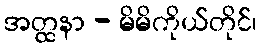
အတ္ထနာ - မိမိကိုယ်တိုင်၊